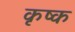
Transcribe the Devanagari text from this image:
कृष्क